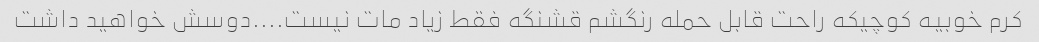
کرم خوبیه کوچیکه راحت قابل حمله رنگشم قشنگه فقط زیاد مات نیست....دوسش خواهید داشت